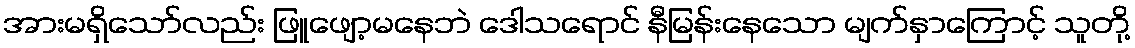
အားမရှိသော်လည်း ဖြူဖျော့မနေဘဲ ဒေါသရောင် နီမြန်းနေသော မျက်နှာကြောင့် သူတို့